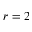
r = 2